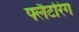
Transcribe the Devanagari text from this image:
फ्लैटरिंग